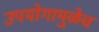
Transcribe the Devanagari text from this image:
उपयोगामुळेच